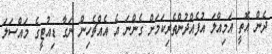
ދެން އޮތީ އަމިއްލަ އުފެއްދުންތެރިކަމަށް ގެންނަ އެ އެއްޗެހިން ނަގާ ޑިއުޓީގެ މައްސަލަ